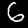
Label: 6